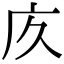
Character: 㡱